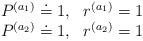
LaTeX: \begin{align*}\begin{array}{cc}P^{(a_1)} \doteq 1, & r^{(a_1)} = 1 \\P^{(a_2)} \doteq 1, & r^{(a_2)} = 1\end{array}\end{align*}